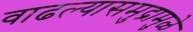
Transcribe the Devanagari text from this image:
वाढल्यासमुद्रामुळे